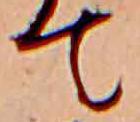
て